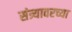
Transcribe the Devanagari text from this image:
संत्र्यावरच्या